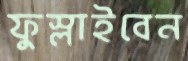
ফুস্‌লাইবেন